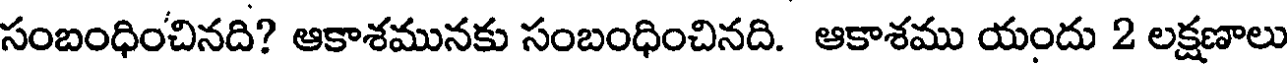
సంబంధించినది? ఆకాశమునకు సంబంధించినది. ఆకాశము యందు 2 లక్షణాలు